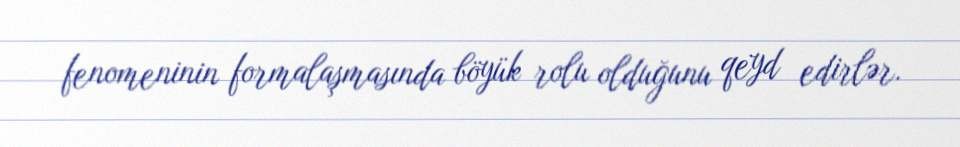
fenomeninin formalaşmasında böyük rolu olduğunu qeyd edirlər.